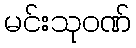
မင်းသုဝဏ်